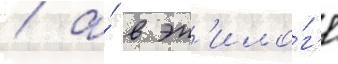
/ а́ в эп'ило́г'е